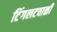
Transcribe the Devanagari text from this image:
टिंगलटवाळी